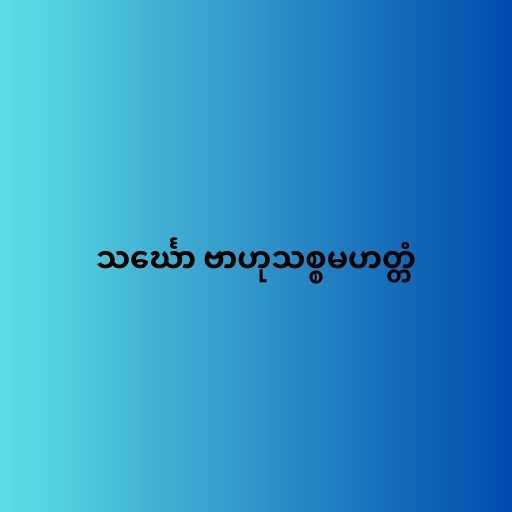
သင်္ဃော ဗာဟုသစ္စမဟတ္တံ